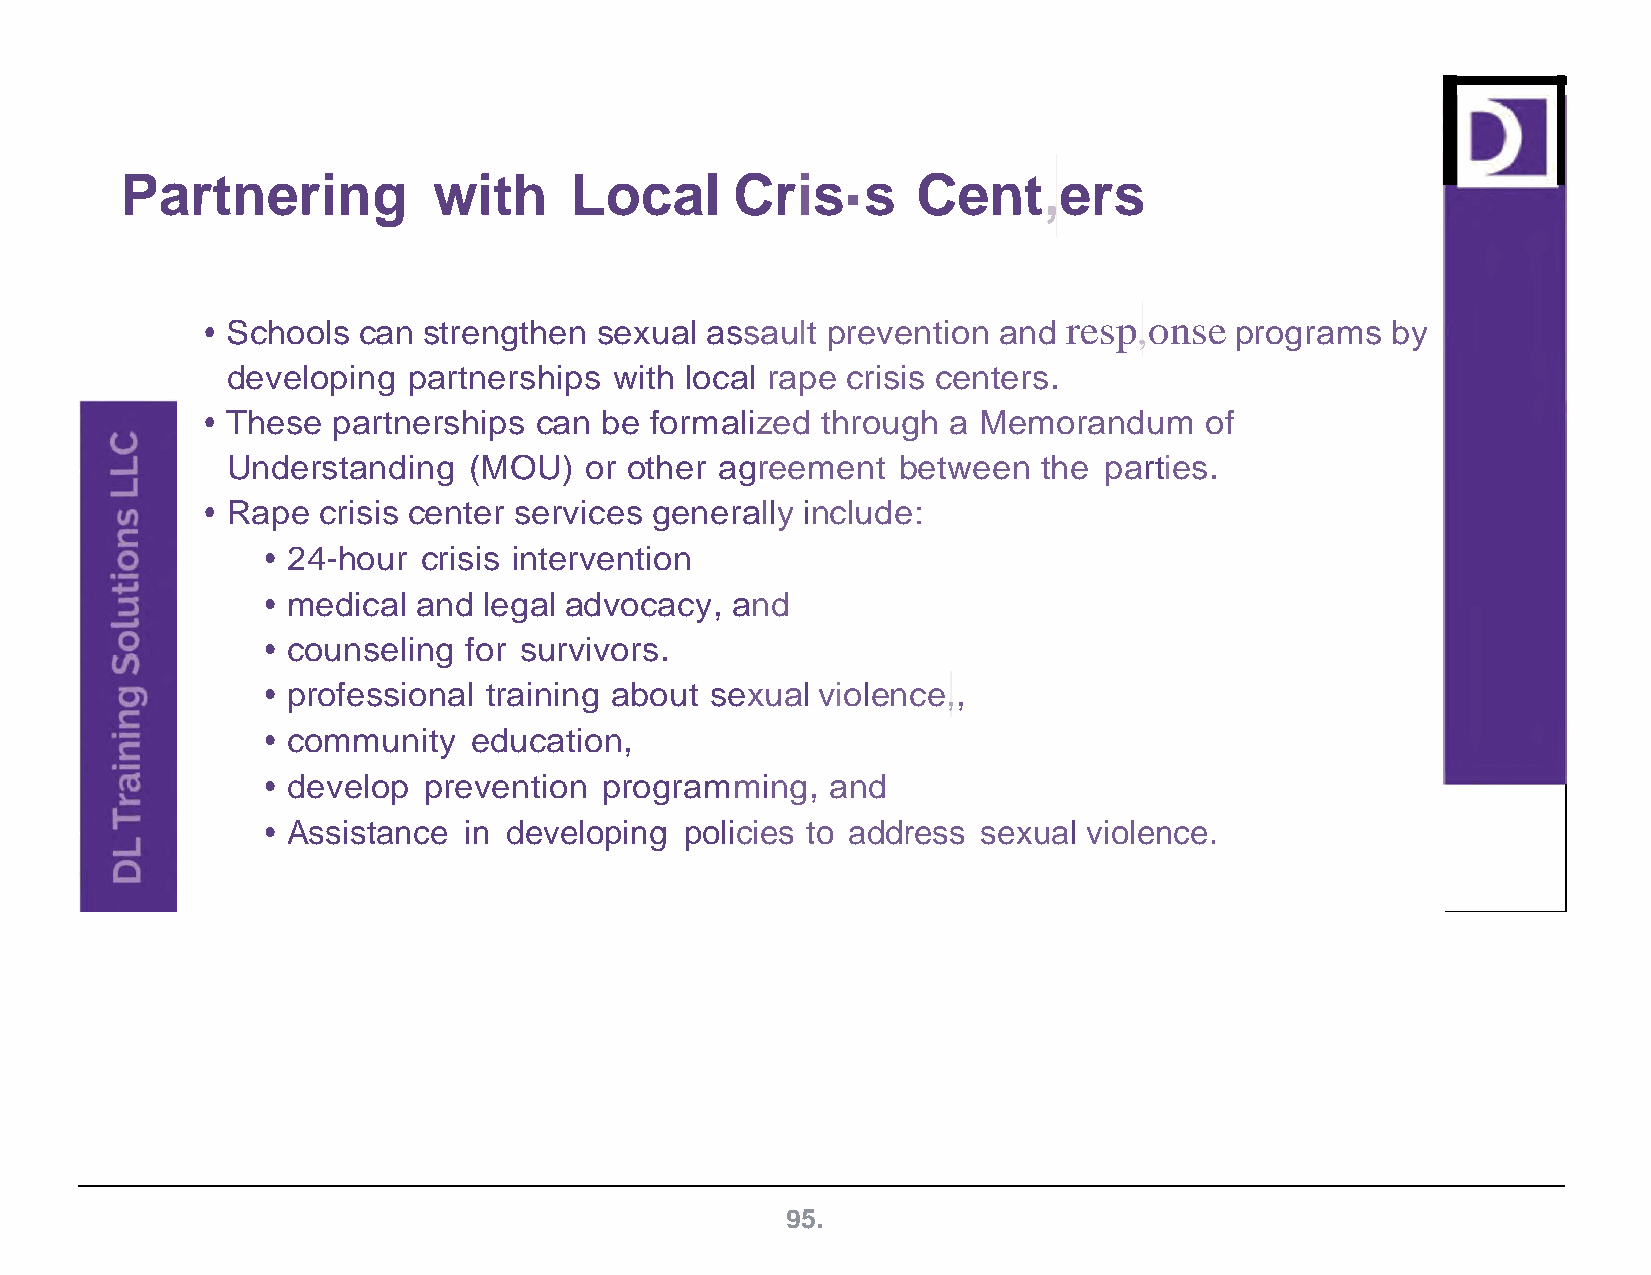
Partnering           with     Local      Cris·s      Cent,ers
 • Schools can strengthen sexual  assault prevention and  resp,onse  programs  by
 developing  partnerships  with local rape crisis centers.
 • These partnerships can  be formalized through  a Memorandum     of
 Understanding   (MOU)   or other agreement  between   the parties.
 • Rape crisis center services generally include:
 • 24-hour crisis intervention
 • medical and legal advocacy, and
 • counseling for survivors.
 • professional training about sexual violence,,
 • community  education,
 • develop prevention  programming,   and
 • Assistance in developing policies to address sexual violence.
 95.